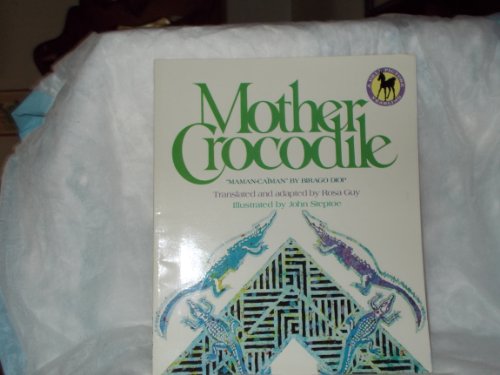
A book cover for Mother Crocodile; Rosa Guy; Children's Books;